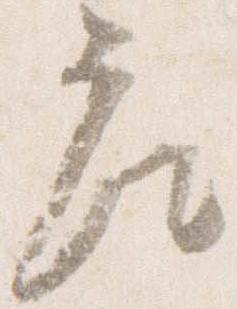
座